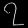
Digit: ၇